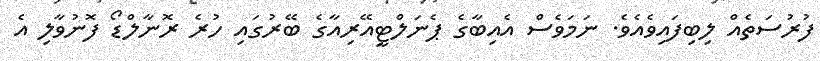
ފުރުސަތެއް ލިބިފައިވެއެވެ. ނަމަވެސް އެއިބާގެ ޕެނަލްޓީއޭރިއާގެ ބޭރުގައި ހުރެ ރޮނާލްޑޯ ފޮނުވާލި އެ